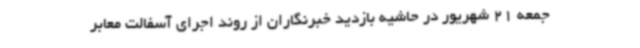
جمعه 21 شهریور در حاشیه بازدید خبرنگاران از روند اجرای آسفالت معابر